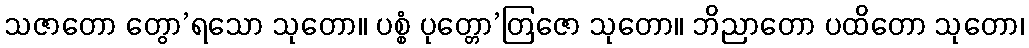
သဇာတော တွော’ရသော သုတော။ ပစ္စံ ပုတ္တော’တြဇော သုတော။ ဘိညာတော ပထိတော သုတော၊